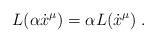
LaTeX: \begin{align*}L (\alpha \dot x^\mu) = \alpha L(\dot x^\mu) \; .\end{align*}